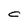
Character: C